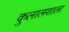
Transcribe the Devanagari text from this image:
कुलालशाला